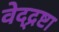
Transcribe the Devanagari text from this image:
वेद्द्रष्टा